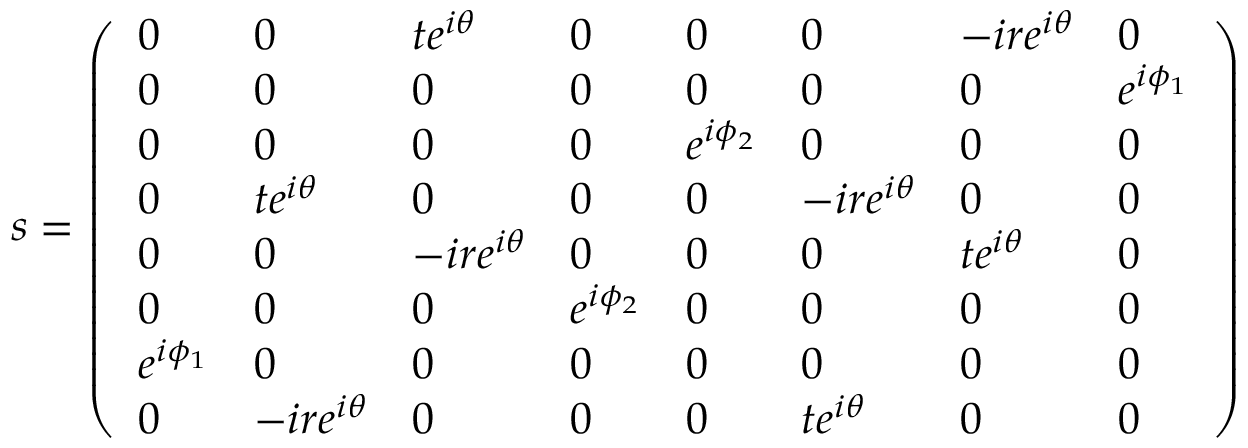
s = \left( \begin{array} { l l l l l l l l } { 0 } & { 0 } & { t e ^ { i \theta } } & { 0 } & { 0 } & { 0 } & { - i r e ^ { i \theta } } & { 0 } \\ { 0 } & { 0 } & { 0 } & { 0 } & { 0 } & { 0 } & { 0 } & { e ^ { i \phi _ { 1 } } } \\ { 0 } & { 0 } & { 0 } & { 0 } & { e ^ { i \phi _ { 2 } } } & { 0 } & { 0 } & { 0 } \\ { 0 } & { t e ^ { i \theta } } & { 0 } & { 0 } & { 0 } & { - i r e ^ { i \theta } } & { 0 } & { 0 } \\ { 0 } & { 0 } & { - i r e ^ { i \theta } } & { 0 } & { 0 } & { 0 } & { t e ^ { i \theta } } & { 0 } \\ { 0 } & { 0 } & { 0 } & { e ^ { i \phi _ { 2 } } } & { 0 } & { 0 } & { 0 } & { 0 } \\ { e ^ { i \phi _ { 1 } } } & { 0 } & { 0 } & { 0 } & { 0 } & { 0 } & { 0 } & { 0 } \\ { 0 } & { - i r e ^ { i \theta } } & { 0 } & { 0 } & { 0 } & { t e ^ { i \theta } } & { 0 } & { 0 } \end{array} \right)